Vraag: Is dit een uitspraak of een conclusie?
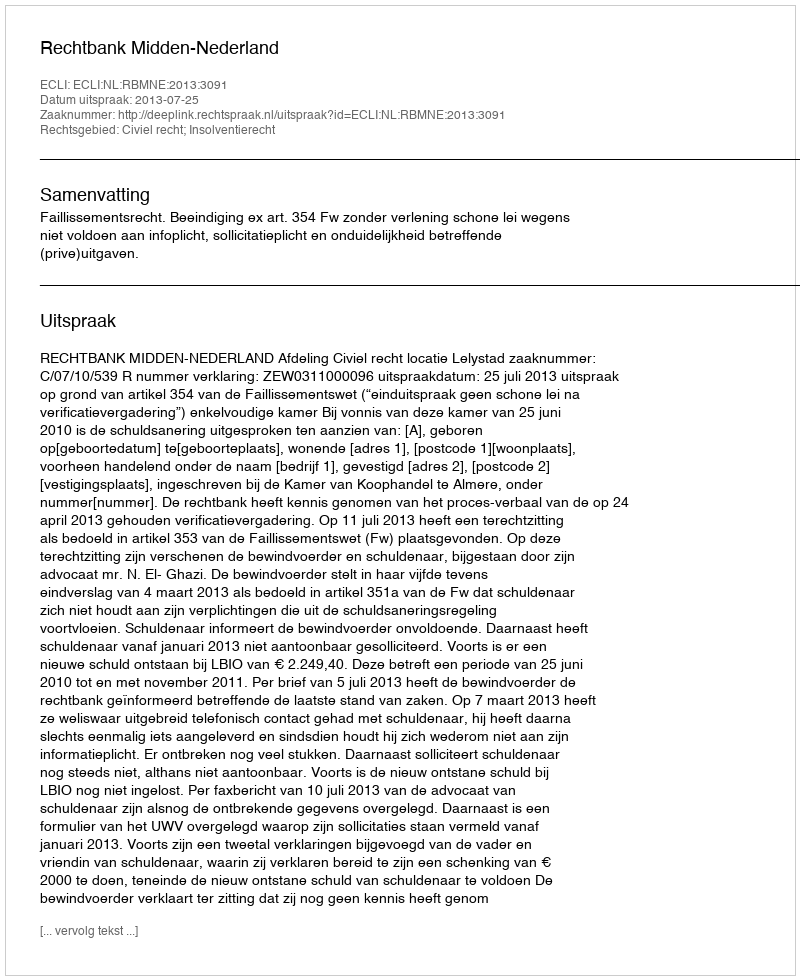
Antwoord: Uitspraak